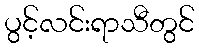
ပွင့်လင်းရာသီတွင်